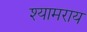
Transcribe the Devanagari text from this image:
श्यामराय